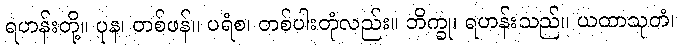
ရဟန်းတို့။ ပုန၊ တစ်ဖန်။ ပရံစ၊ တစ်ပါးတုံလည်း။ ဘိက္ခု၊ ရဟန်းသည်။ ယထာသုတံ၊